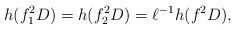
LaTeX: \begin{align*}h(f_1^2D)=h(f_2^2D)=\ell^{-1}h(f^2D),\end{align*}